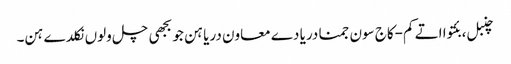
چنبل، بئتوا اتے کم-کاج سون جمنا دریا دے معاون دریا ہن جو بجھی چل ولوں نکلدے ہن۔